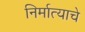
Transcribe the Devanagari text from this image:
निर्मात्याचे